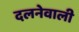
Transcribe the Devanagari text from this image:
दलनेवाली